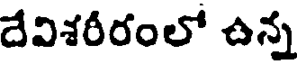
దేవిశరీరంలో ఉన్న